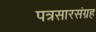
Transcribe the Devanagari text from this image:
पत्रसारसंग्रह